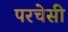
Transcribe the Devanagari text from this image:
परचेसी